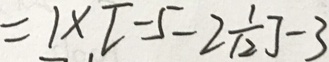
= 1 \times [ - 5 - 2 \frac { 1 } { 1 2 } ] - 3